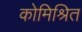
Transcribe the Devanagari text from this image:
कोमिश्रित